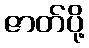
ဇာတ်ပို့